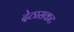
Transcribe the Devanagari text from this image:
देठासकट